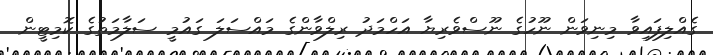
ގެއްލިފައިވާ މިނިވަން ނޫހުގެ ނޫސްވެރިޔާ އަހްމަދު ރިލްވާންގެ މައްސަލަ ގައުމީ ސަލާމަތުގެ ކޮމިޓީން